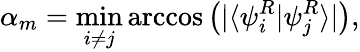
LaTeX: \alpha_{m}=\operatorname*{min}_{i\neq j}\operatorname{arccos}\left(|\langle\psi_{i}^{R}|\psi_{j}^{R}\rangle|\right),